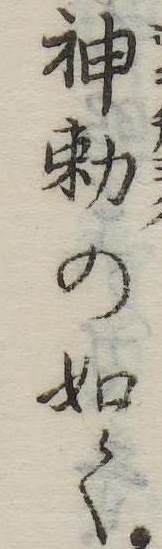
神勅の如く